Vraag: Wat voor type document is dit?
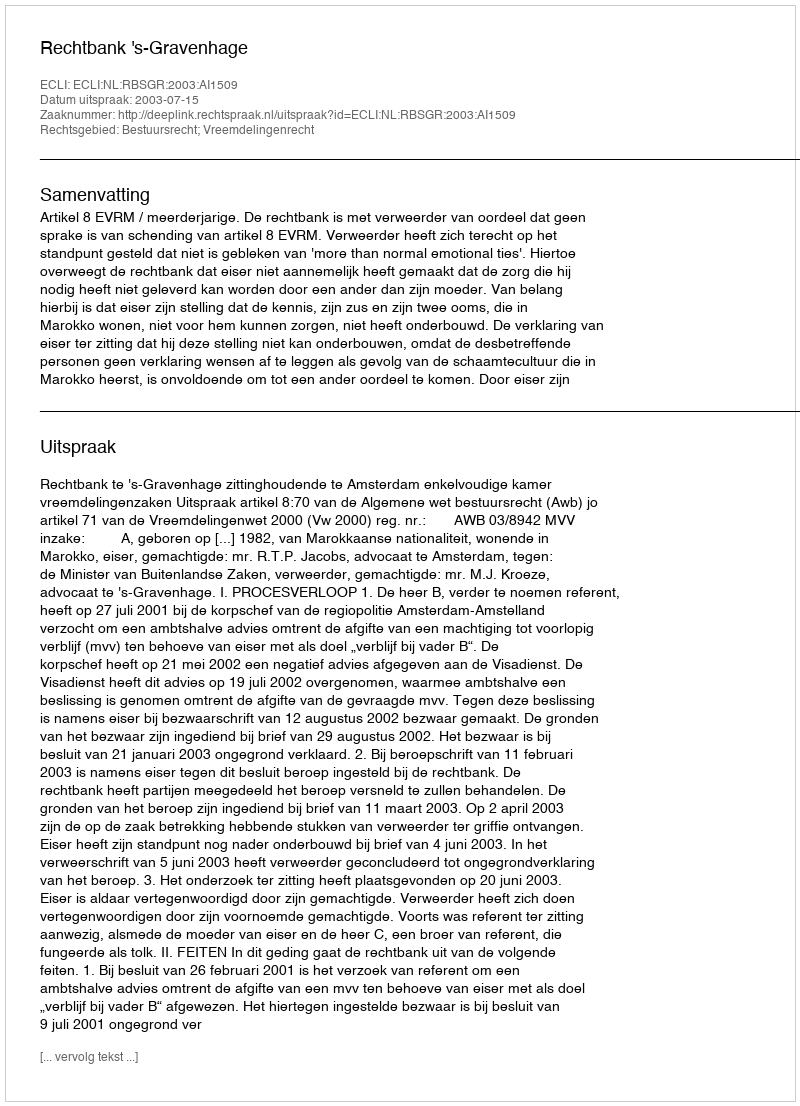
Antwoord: Uitspraak